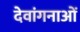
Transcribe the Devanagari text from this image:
देवांगनाओं